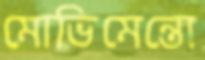
মোভিমেন্তো